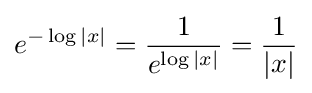
e^{-\log |x|}={\frac {1}{e^{\log |x|}}}={\frac {1}{|x|}}